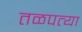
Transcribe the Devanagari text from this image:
तळपत्या